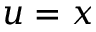
u = x